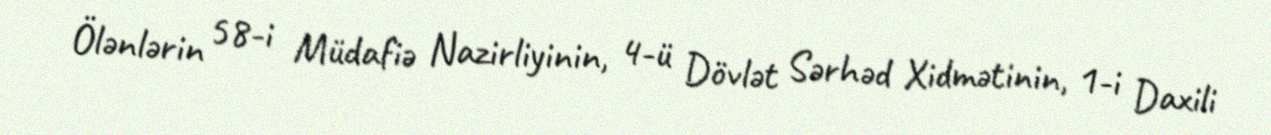
Ölənlərin 58-i Müdafiə Nazirliyinin, 4-ü Dövlət Sərhəd Xidmətinin, 1-i Daxili